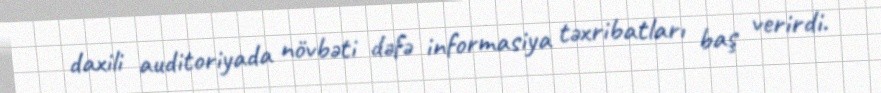
daxili auditoriyada növbəti dəfə informasiya təxribatları baş verirdi.